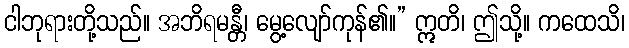
ငါဘုရားတို့သည်။ အဘိရမန္တီ၊ မွေ့လျော်ကုန်၏။” ဣတိ၊ ဤသို့။ ကထေသိ၊